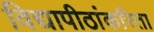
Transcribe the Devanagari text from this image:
विद्यापीठांकरिता